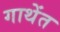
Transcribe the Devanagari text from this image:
गाथेंत